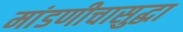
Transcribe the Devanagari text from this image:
मांडणीचासुद्धा